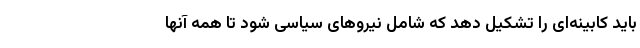
باید کابینه‌ای را تشکیل دهد که شامل نیروهای سیاسی شود تا همه آنها